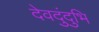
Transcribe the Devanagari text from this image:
देवदुंदुभि